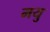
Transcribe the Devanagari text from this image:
मयु